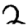
Digit: 2